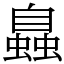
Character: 𧑉